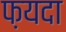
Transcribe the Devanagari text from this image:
फ़यदा